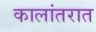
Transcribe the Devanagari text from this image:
कालांतरात